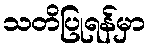
သတိပြုရန်မှာ